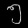
Digit: ၅